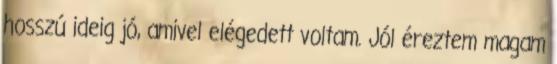
hosszú ideig jó, amivel elégedett voltam. Jól éreztem magam